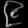
Digit: ၉